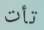
تأت